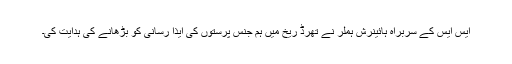
ایس ایس کے سربراہ ہائینرش ہملر نے تھرڈ ریخ میں ہم جنس پرستوں کی ایذا رسانی کو بڑھانے کی ہدایت کی۔